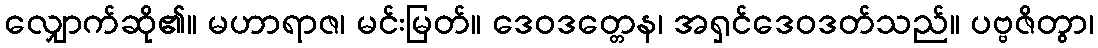
လျှောက်ဆို၏။ မဟာရာဇ၊ မင်းမြတ်။ ဒေဝဒတ္တေန၊ အရှင်ဒေဝဒတ်သည်။ ပဗ္ဗဇိတွာ၊